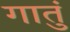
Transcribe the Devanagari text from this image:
गातुं